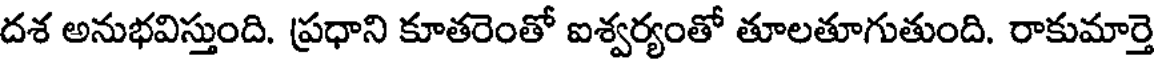
దశ అనుభవిస్తుంది. ప్రధాని కూతరెంతో ఐశ్వర్యంతో తూలతూగుతుంది. రాకుమార్తె